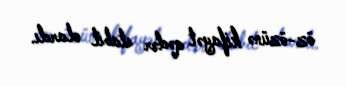
öz-özünə kifayət qədər stabil olardı.